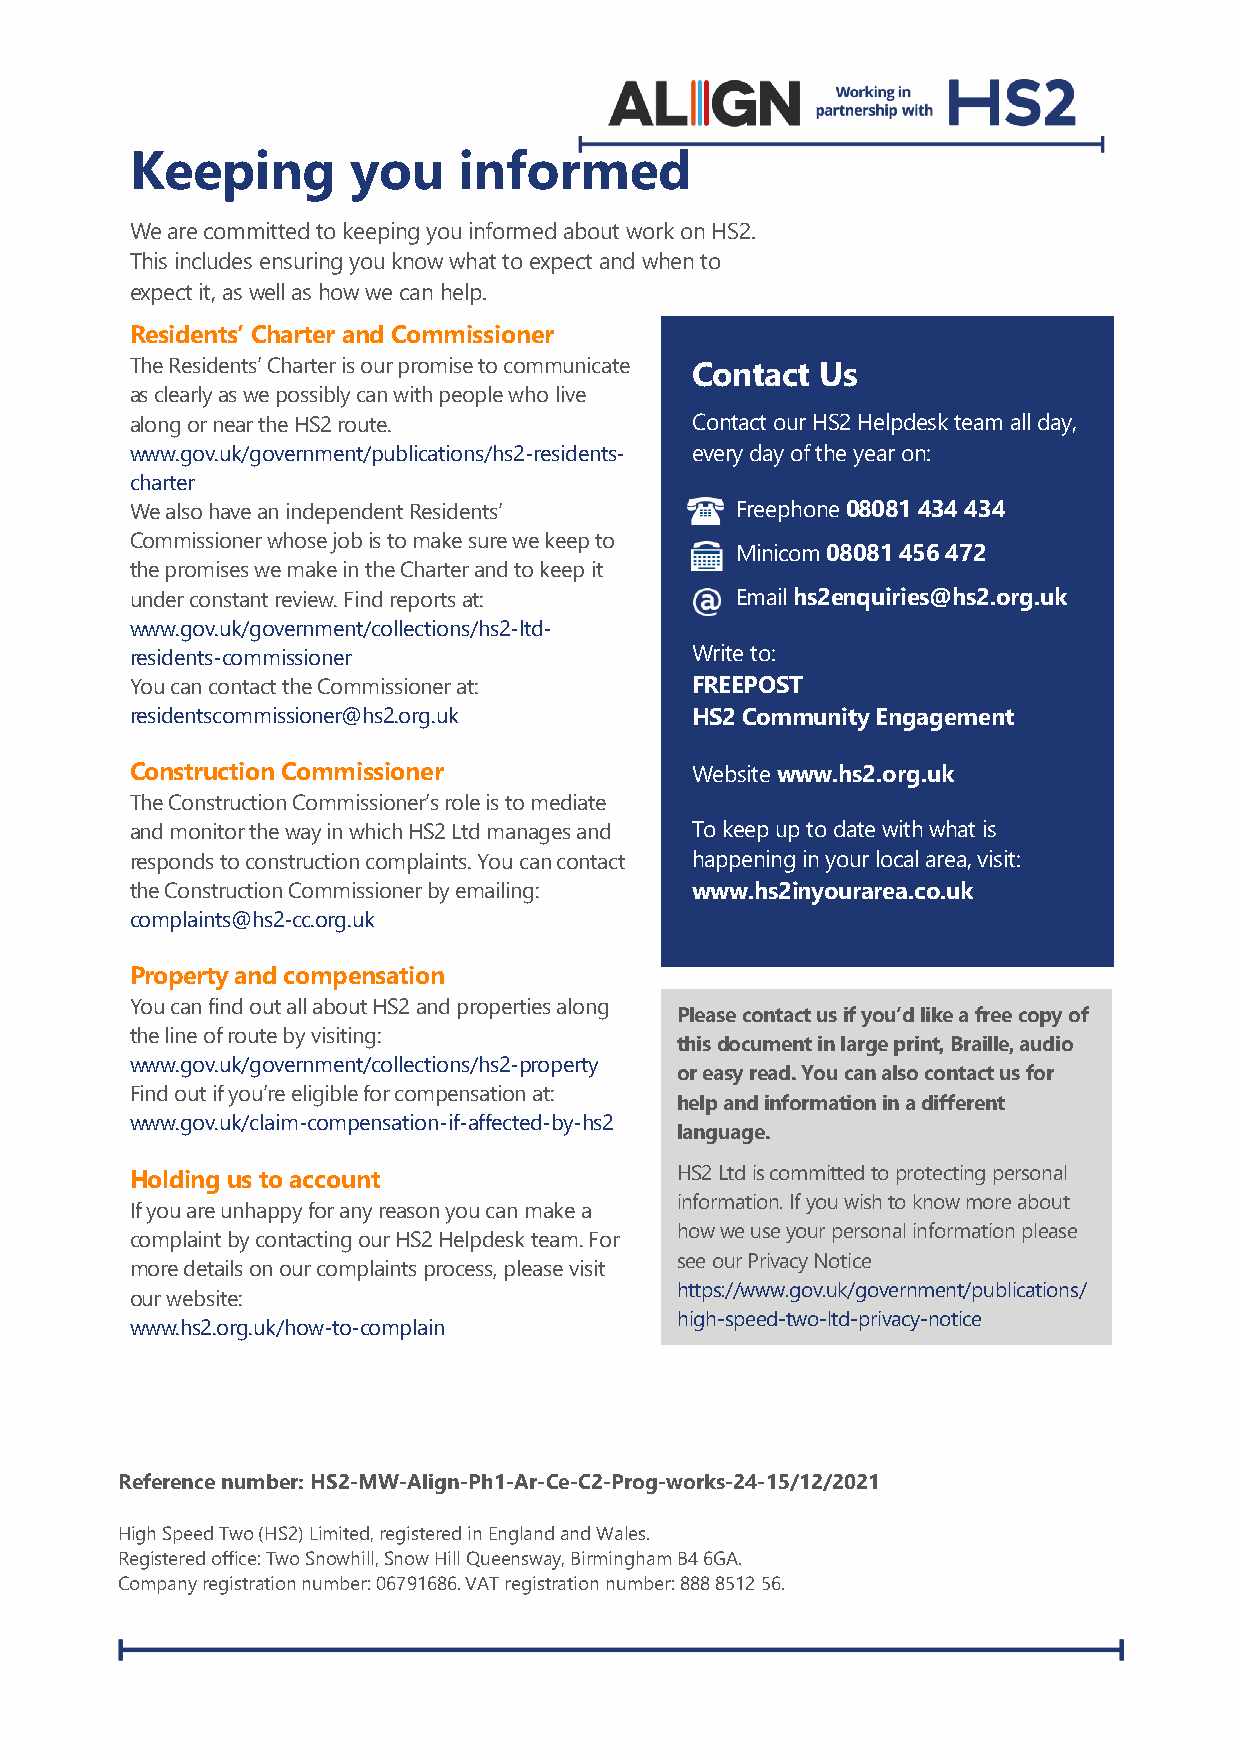
Keeping       you    informed
 We are committed to keeping you informed about work on HS2.
 This includes ensuring you know what to expect and when to
 expect it, as well as how we can help.
 Residents’ Charter and Commissioner
 The Residents’ Charter is our promise to communicate Contact Us
 as clearly as we possibly can with people who live
 along or near the HS2 route.         Contact our HS2 Helpdesk team all day,
 www.gov.uk/government/publications/hs2-residents- every day of the year on:
 charter
 We also have an independent Residents’  Freephone 08081 434 434
 Commissioner whose job is to make sure we keep to
 Minicom 08081 456 472
 the promises we make in the Charter and to keep it
 under constant review. Find reports at: Email hs2enquiries@hs2.org.uk
 www.gov.uk/government/collections/hs2-ltd-
 residents-commissioner               Write to:
 You can contact the Commissioner at: FREEPOST
 residentscommissioner@hs2.org.uk     HS2 Community Engagement
 Construction Commissioner            Website www.hs2.org.uk
 The Construction Commissioner’s role is to mediate
 and monitor the way in which HS2 Ltd manages and To keep up to date with what is
 responds to construction complaints. You can contact happening in your local area, visit:
 the Construction Commissioner by emailing: www.hs2inyourarea.co.uk
 complaints@hs2-cc.org.uk
 Property and compensation
 You can find out all about HS2 and properties along
 Please contact us if you’d like a free copy of
 the line of route by visiting:
 this document in large print, Braille, audio
 www.gov.uk/government/collections/hs2-property
 or easy read. You can also contact us for
 Find out if you’re eligible for compensation at:
 help and information in a different
 www.gov.uk/claim-compensation-if-affected-by-hs2
 language.
 Holding us to account               HS2 Ltd is committed to protecting personal
 information. If you wish to know more about
 If you are unhappy for any reason you can make a
 how we use your personal information please
 complaint by contacting our HS2 Helpdesk team. For
 see our Privacy Notice
 more details on our complaints process, please visit
 https://www.gov.uk/government/publications/
 our website:
 www.hs2.org.uk/how-to-complain
 high-speed-two-ltd-privacy-notice
 Reference number: HS2-MW-Align-Ph1-Ar-Ce-C2-Prog-works-24-15/12/2021
 High Speed Two (HS2) Limited, registered in England and Wales.
 Registered office: Two Snowhill, Snow Hill Queensway, Birmingham B4 6GA.
 Company registration number: 06791686. VAT registration number: 888 8512 56.